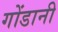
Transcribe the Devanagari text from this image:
गोंडानी